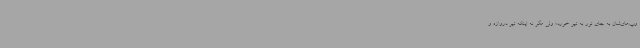
وپ‌های‌شان به جای تور به تیر خورد؛ ولی مگر نه اینکه تیر دروازه و